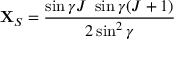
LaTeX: { \bf X } _ { S } = \frac { \sin \gamma J \ \sin \gamma ( J + 1 ) } { 2 \sin ^ { 2 } \gamma } \,